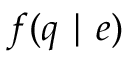
f ( q \mid e )